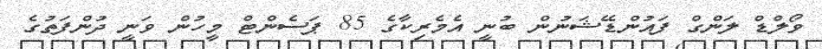
ވޯލްޑް ލަންގް ފައުންޑޭޝަނުން ބުނީ އެމެރިކާގެ 85 ޕަސެންޓް މީހުން ވަނީ ދުންފަތުގެ